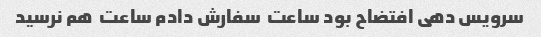
سرویس دهی افتضاح بود ساعت  سفارش دادم ساعت  هم نرسید